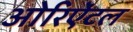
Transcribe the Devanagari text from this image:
ओरिऐंटल